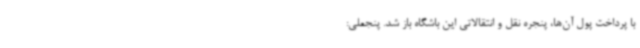
با پرداخت پول آن‌ها، پنجره نقل و انتقالاتی این باشگاه باز شد. پنجعلی: